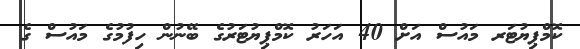
ކޮމްޕިޔުޓަރ މައުސް އަށް 40 އަހަރު ކޮމްޕިޔުޓަރުގެ ބޭނުން ހިފުމުގެ މައުސް ގެ